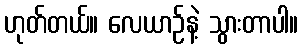
ဟုတ်တယ်။ လေယာဉ်နဲ့ သွားတာပါ။